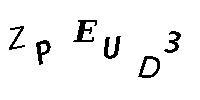
ZPEUD3